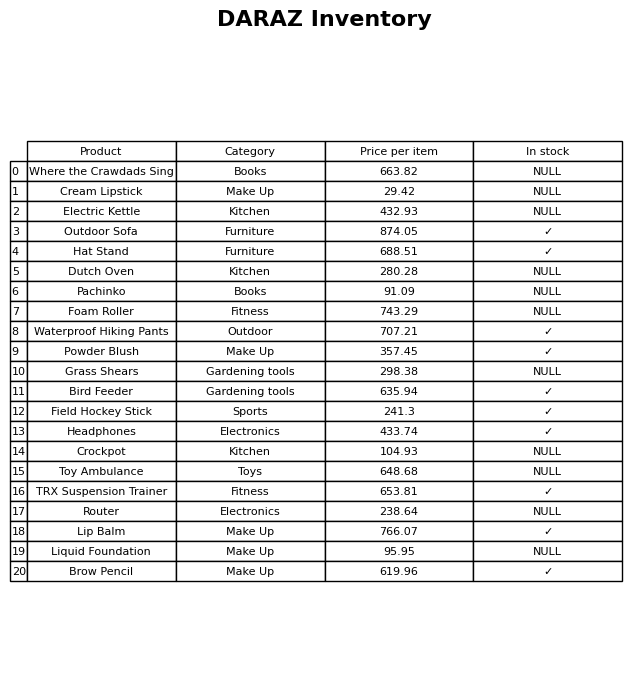
question: What is the price of the Cream Lipstick?
answer: The price of Cream Lipstick is 29.42.